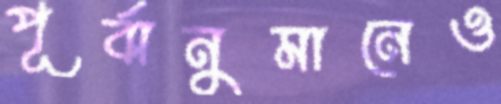
পূর্বানুমানেও